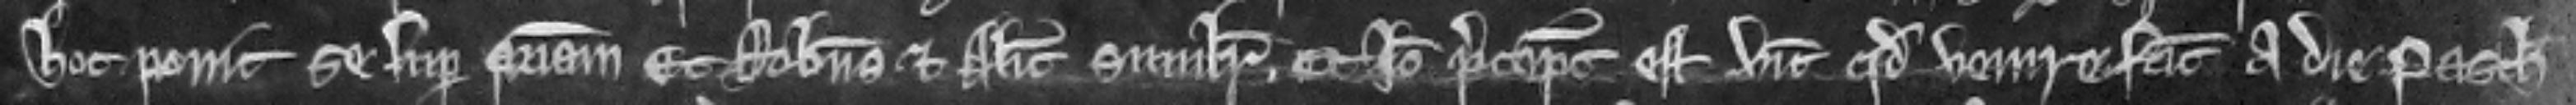
hoc ponit se super patriam Et Robertus et Alicia similiter. Et ideo preceptum est vicecomiti quod venire faciat a die Pasche